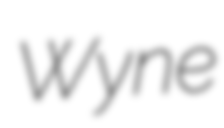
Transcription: Wyne